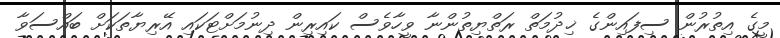
މީގެ އިތުރުން ސިފައިންގެ ޚިދުމަތް ރަތްޔިތުންނާ ވީހާވެސް ކައިރިން ދިނުމަށްޓަކައި އޭރިޔާތަކަށް ބައްސަވާ